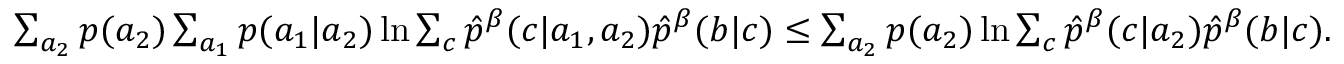
\begin{array} { r } { \sum _ { a _ { 2 } } p ( a _ { 2 } ) \sum _ { a _ { 1 } } p ( a _ { 1 } | a _ { 2 } ) \ln { \sum _ { c } \hat { p } ^ { \beta } ( c | a _ { 1 } , a _ { 2 } ) \hat { p } ^ { \beta } ( b | c ) } \leq \sum _ { a _ { 2 } } p ( a _ { 2 } ) \ln { \sum _ { c } \hat { p } ^ { \beta } ( c | a _ { 2 } ) \hat { p } ^ { \beta } ( b | c ) } . } \end{array}